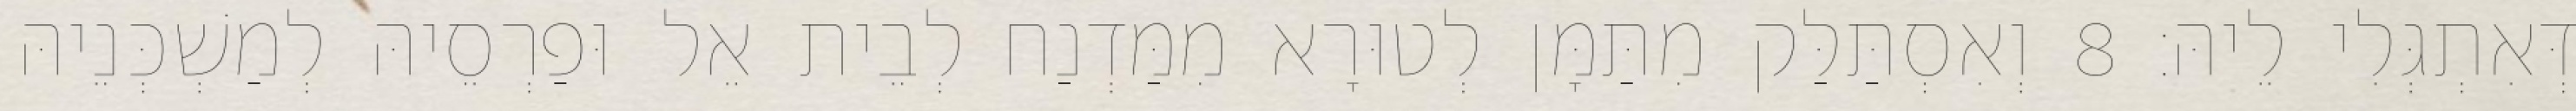
דְּאִתְגְּלִי לֵיהּ׃ 8 וְאִסְתַּלַּק מִתַּמָּן לְטוּרָא מִמַּדְנַח לְבֵית אֵל וּפַרְסֵיהּ לְמַשְׁכְּנֵיהּ